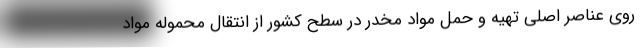
روی عناصر اصلی تهیه و حمل مواد مخدر در سطح کشور از انتقال محموله مواد